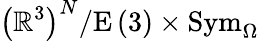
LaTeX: \left(\mathbb{R}^{3}\right)^{N}/\mathrm{E}\left(3\right)\times\mathrm{Sym}_{\Omega}